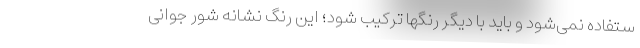
ستفاده نمی‌شود و باید با دیگر رنگها ترکیب شود؛ این رنگ نشانه شور جوانی